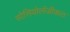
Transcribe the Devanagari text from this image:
सोसियोलॅजीकल